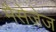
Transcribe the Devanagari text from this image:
मैसेजेज